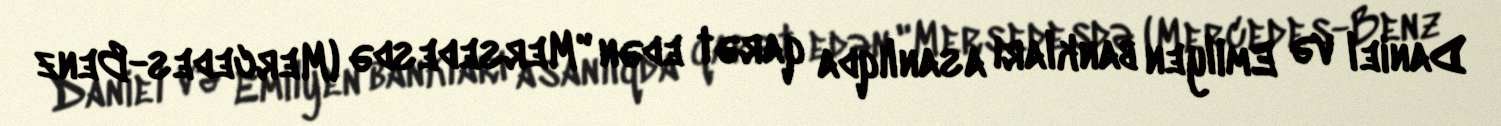
Daniel və Emilyen bankları asanlıqda qarət edən "Mersedesdə (Mercedes-Benz